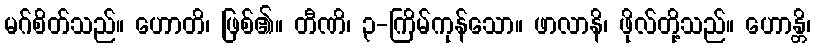
မဂ်စိတ်သည်။ ဟောတိ၊ ဖြစ်၏။ တီဏိ၊ ၃-ကြိမ်ကုန်သော။ ဖာလာနိ၊ ဖိုလ်တို့သည်။ ဟောန္တိ၊